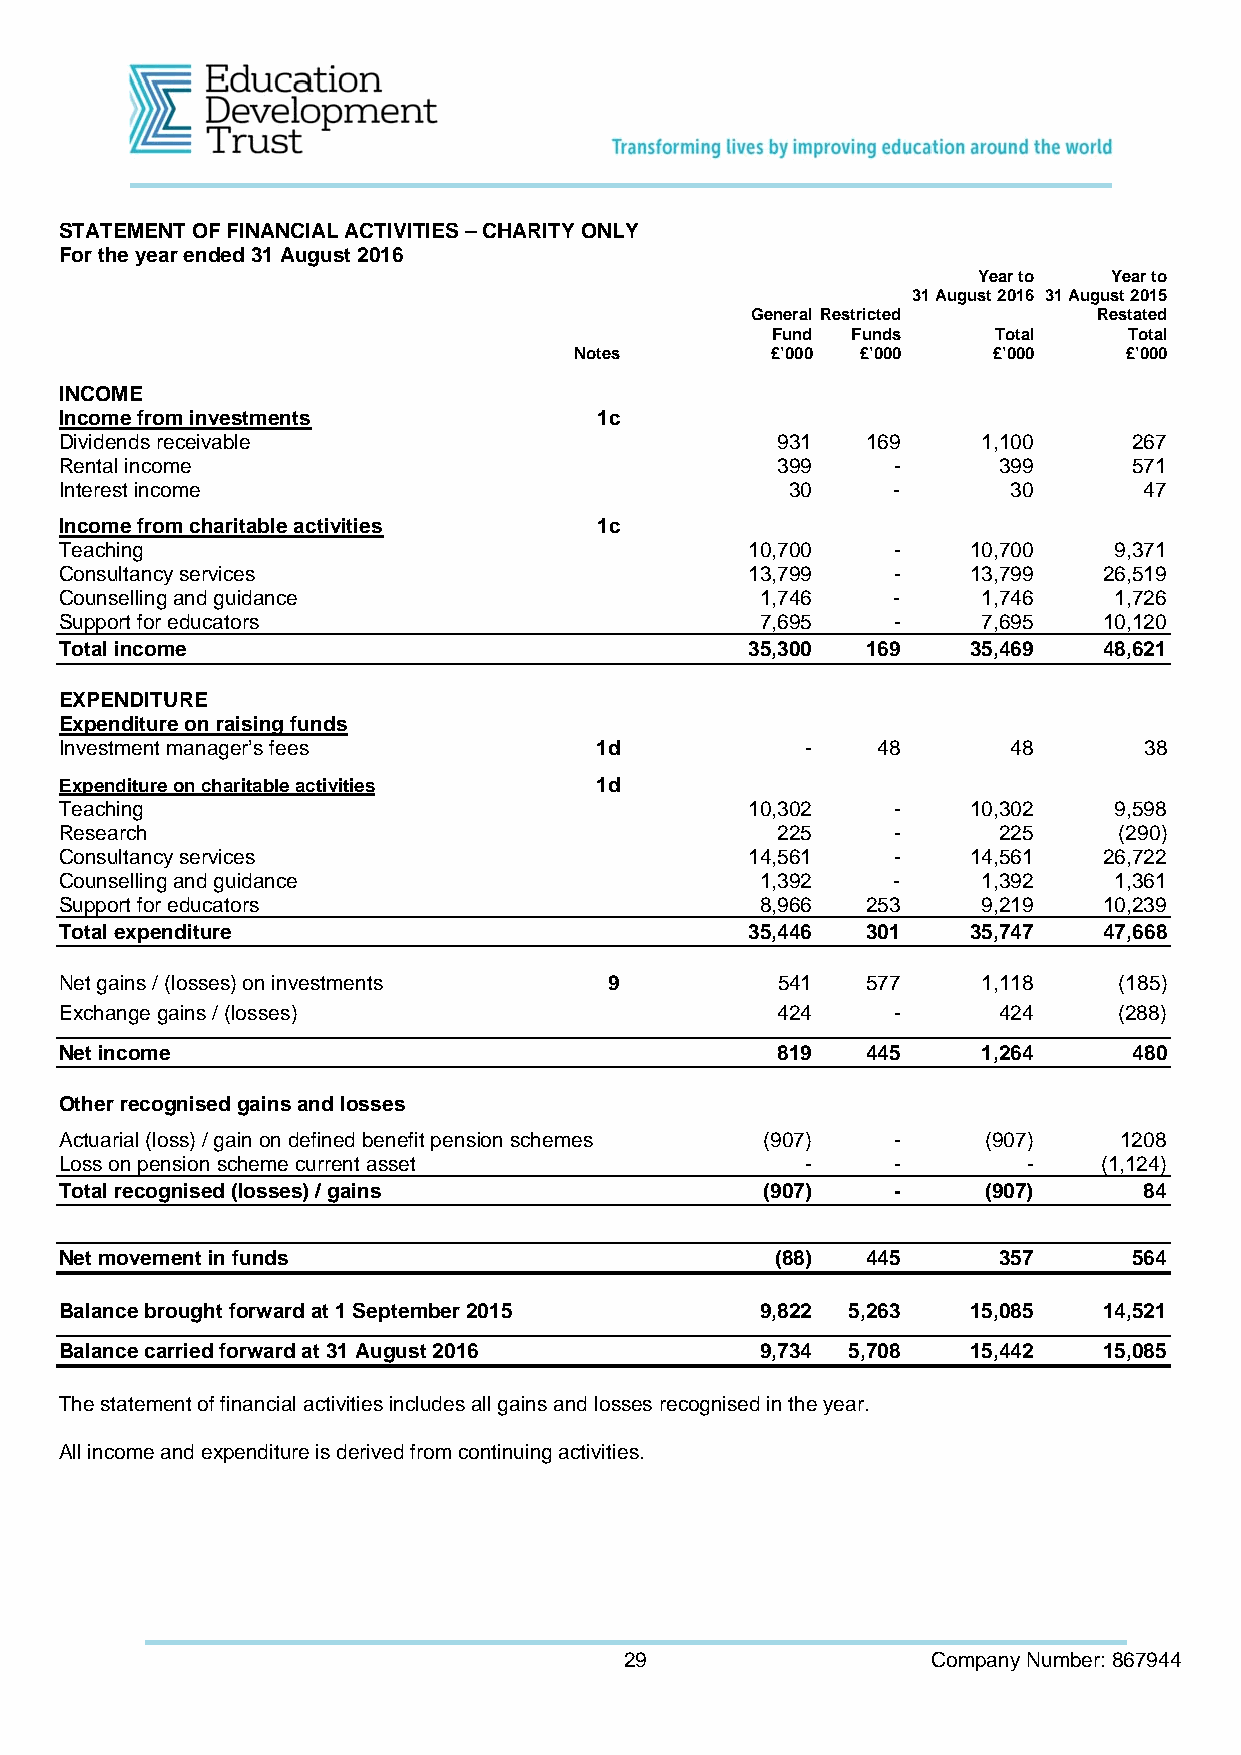
STATEMENT OF FINANCIAL ACTIVITIES – CHARITY ONLY
 For the year ended 31 August 2016
 Year to  Year to
 31 August 2016 31 August 2015
 General Restricted     Restated
 Fund Funds     Total    Total
 Notes        £’000 £’000    £’000   £’000
 INCOME
 Income from investments             1c
 Dividends receivable                           931   169     1,100     267
 Rental income                                  399     -      399      571
 Interest income                                 30     -       30       47
 Income from charitable activities   1c
 Teaching                                      10,700   -    10,700    9,371
 Consultancy services                          13,799   -    13,799   26,519
 Counselling and guidance                      1,746    -     1,746    1,726
 Support for educators                         7,695    -     7,695   10,120
 Total income                                  35,300 169    35,469   48,621
 EXPENDITURE
 Expenditure on raising funds
 Investment manager’s fees          1d            -    48       48       38
 Expenditure on charitable activities 1d
 Teaching                                      10,302   -    10,302    9,598
 Research                                       225     -      225     (290)
 Consultancy services                          14,561   -    14,561   26,722
 Counselling and guidance                      1,392    -     1,392    1,361
 Support for educators                         8,966  253     9,219   10,239
 Total expenditure                             35,446 301    35,747   47,668
 Net gains / (losses) on investments 9          541   577     1,118    (185)
 Exchange gains / (losses)                      424     -      424     (288)
 Net income                                     819   445     1,264     480
 Other recognised gains and losses
 Actuarial (loss) / gain on defined benefit pension schemes (907) - (907) 1208
 Loss on pension scheme current asset             -     -        -    (1,124)
 Total recognised (losses) / gains              (907)   -     (907)      84
 Net movement in funds                          (88)  445      357      564
 Balance brought forward at 1 September 2015   9,822 5,263   15,085   14,521
 Balance carried forward at 31 August 2016     9,734 5,708   15,442   15,085
 The statement of financial activities includes all gains and losses recognised in the year.
 All income and expenditure is derived from continuing activities.
 29                   Company Number: 867944